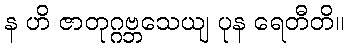
န ဟိ ဇာတုဂ္ဂဗ္ဘသေယျ ပုန ရေတီတိ။